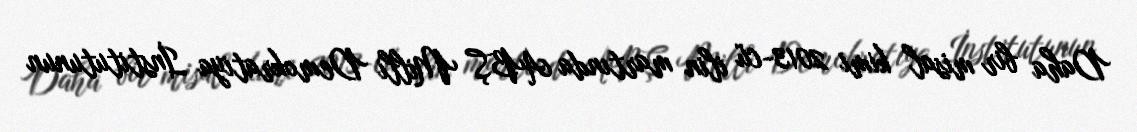
Daha bir misal kimi 2013-cü ilin martında ABŞ Milli Demokratiya İnstitutunun